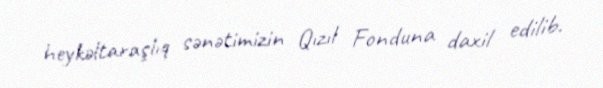
heykəltaraşlıq sənətimizin Qızıl Fonduna daxil edilib.